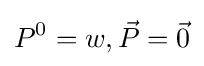
P^{0}=w,{\vec {P}}={\vec {0}}